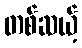
တစ်ဆယ့်